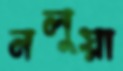
নলুয়া